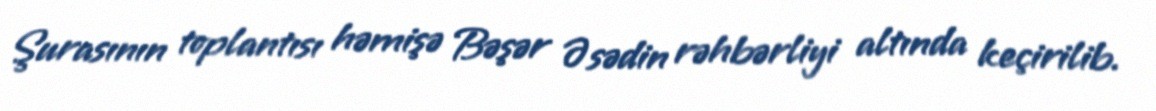
Şurasının toplantısı həmişə Bəşər Əsədin rəhbərliyi altında keçirilib.